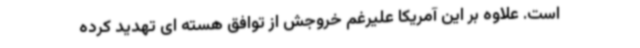
است. علاوه بر این آمریکا علیرغم خروجش از توافق هسته ای تهدید کرده